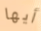
أيها